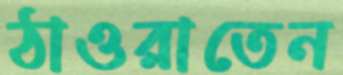
ঠাওরাতেন